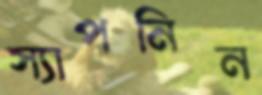
স্যাপনিন